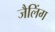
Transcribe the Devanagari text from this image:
जैलिंग